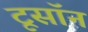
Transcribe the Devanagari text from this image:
टूसॉन